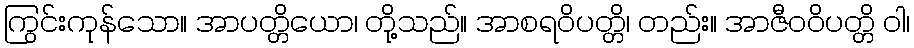
ကြွင်းကုန်သော။ အာပတ္တိယော၊ တို့သည်။ အာစရဝိပတ္တိ၊ တည်း။ အာဇီဝဝိပတ္တိ ဝါ၊